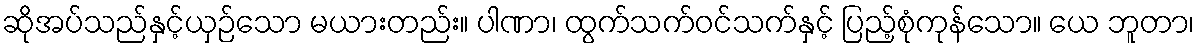
ဆိုအပ်သည်နှင့်ယှဉ်သော မယားတည်း။ ပါဏာ၊ ထွက်သက်ဝင်သက်နှင့် ပြည့်စုံကုန်သော။ ယေ ဘူတာ၊